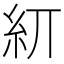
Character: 𥾎